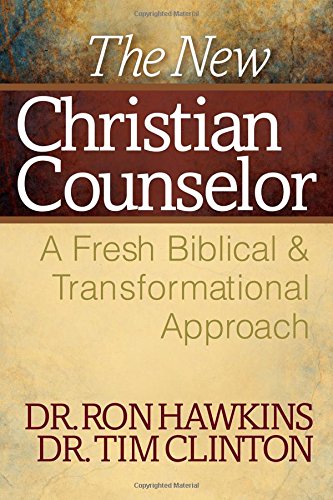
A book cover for The New Christian Counselor: A Fresh Biblical and Transformational Approach; Ron Hawkins; Christian Books & Bibles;